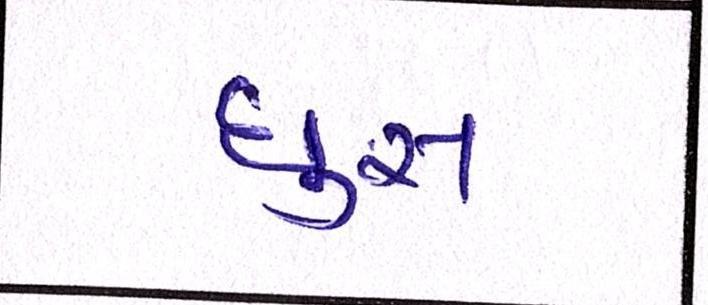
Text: ઘુસ